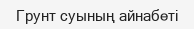
Грунт суының айнабеті